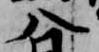
八